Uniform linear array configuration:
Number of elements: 48
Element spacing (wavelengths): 1
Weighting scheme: kaiser
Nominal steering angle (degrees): -15
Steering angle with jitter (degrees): -16.976
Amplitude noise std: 0.05
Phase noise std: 0.05

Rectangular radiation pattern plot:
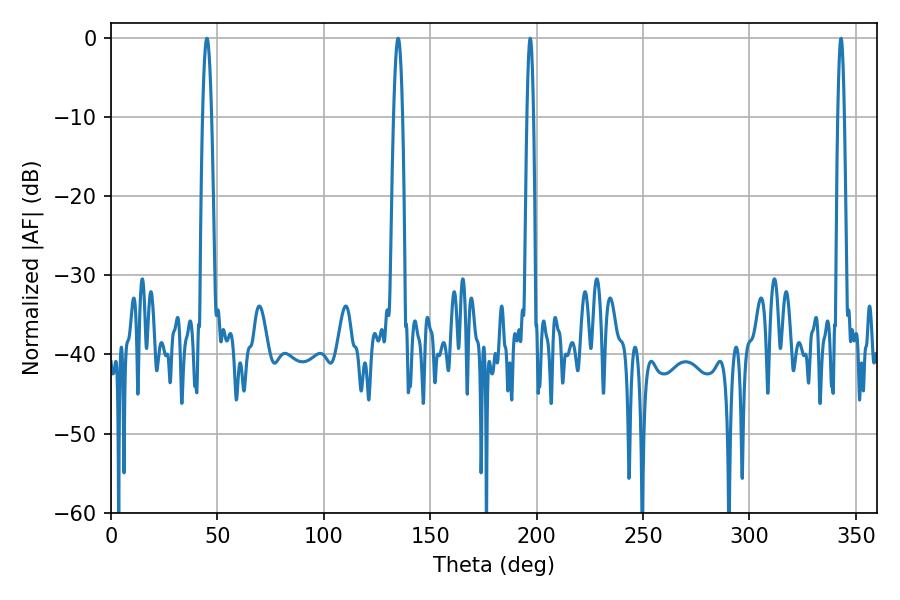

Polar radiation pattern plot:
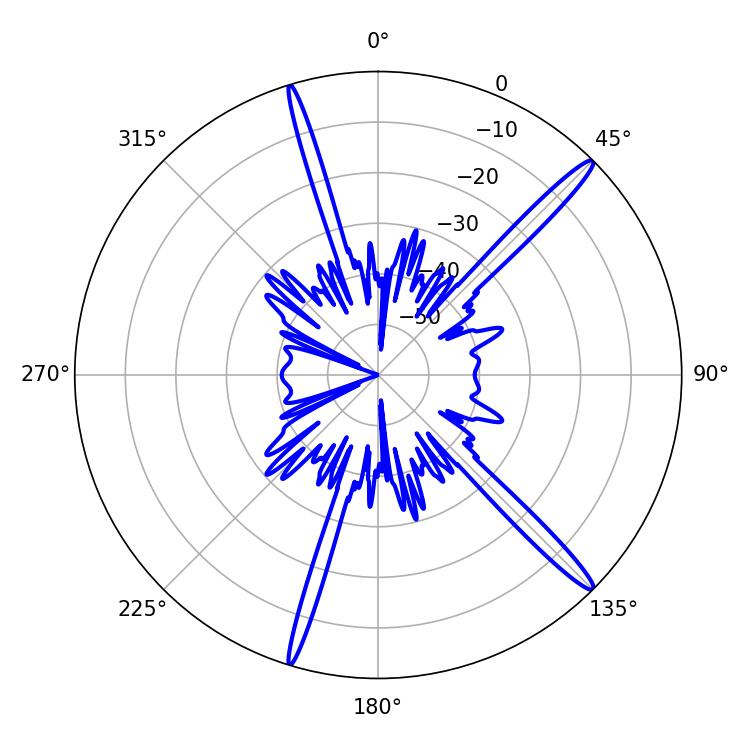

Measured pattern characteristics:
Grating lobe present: TRUE
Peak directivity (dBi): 16.587
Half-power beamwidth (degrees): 2.34
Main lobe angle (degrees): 135